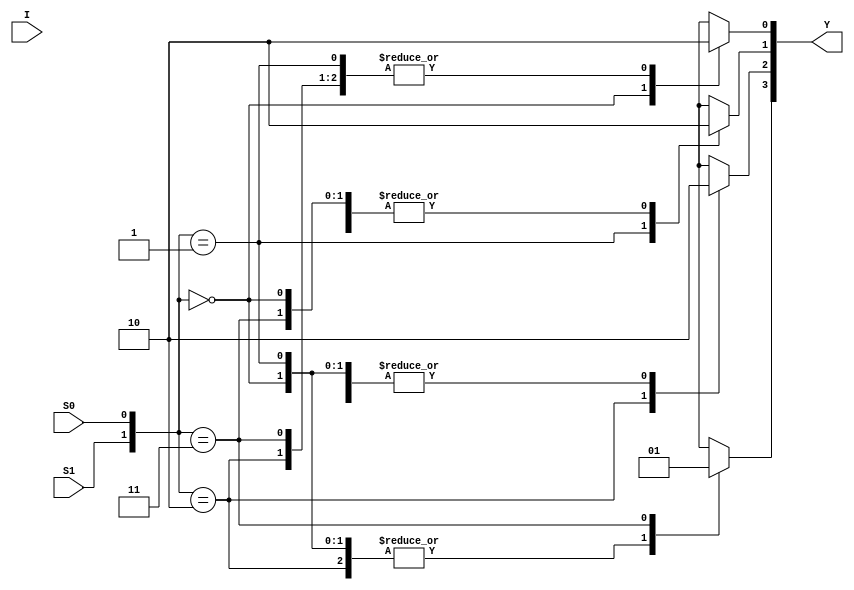
//Behavioural Modelling for 1:4 DeMux

module deMux_1_to_4_beh(I, S1, S0, Y);
input I; input S1, S0;
output [3:0]Y; reg [3:0]Y;
always @ (I or S1 or S0)
begin
case({S1, S0})
2'b00 : begin Y[0] = 1; Y[1] = 0; Y[2] = 0; Y[3] = 0; end
2'b01 : begin Y[0] = 0; Y[1] = 1; Y[2] = 0; Y[3] = 0; end
2'b10 : begin Y[0] = 0; Y[1] = 0; Y[2] = 1; Y[3] = 0; end
2'b11 : begin Y[0] = 0; Y[1] = 0; Y[2] = 0; Y[3] = 1; end
endcase
end
endmodule